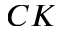
C K